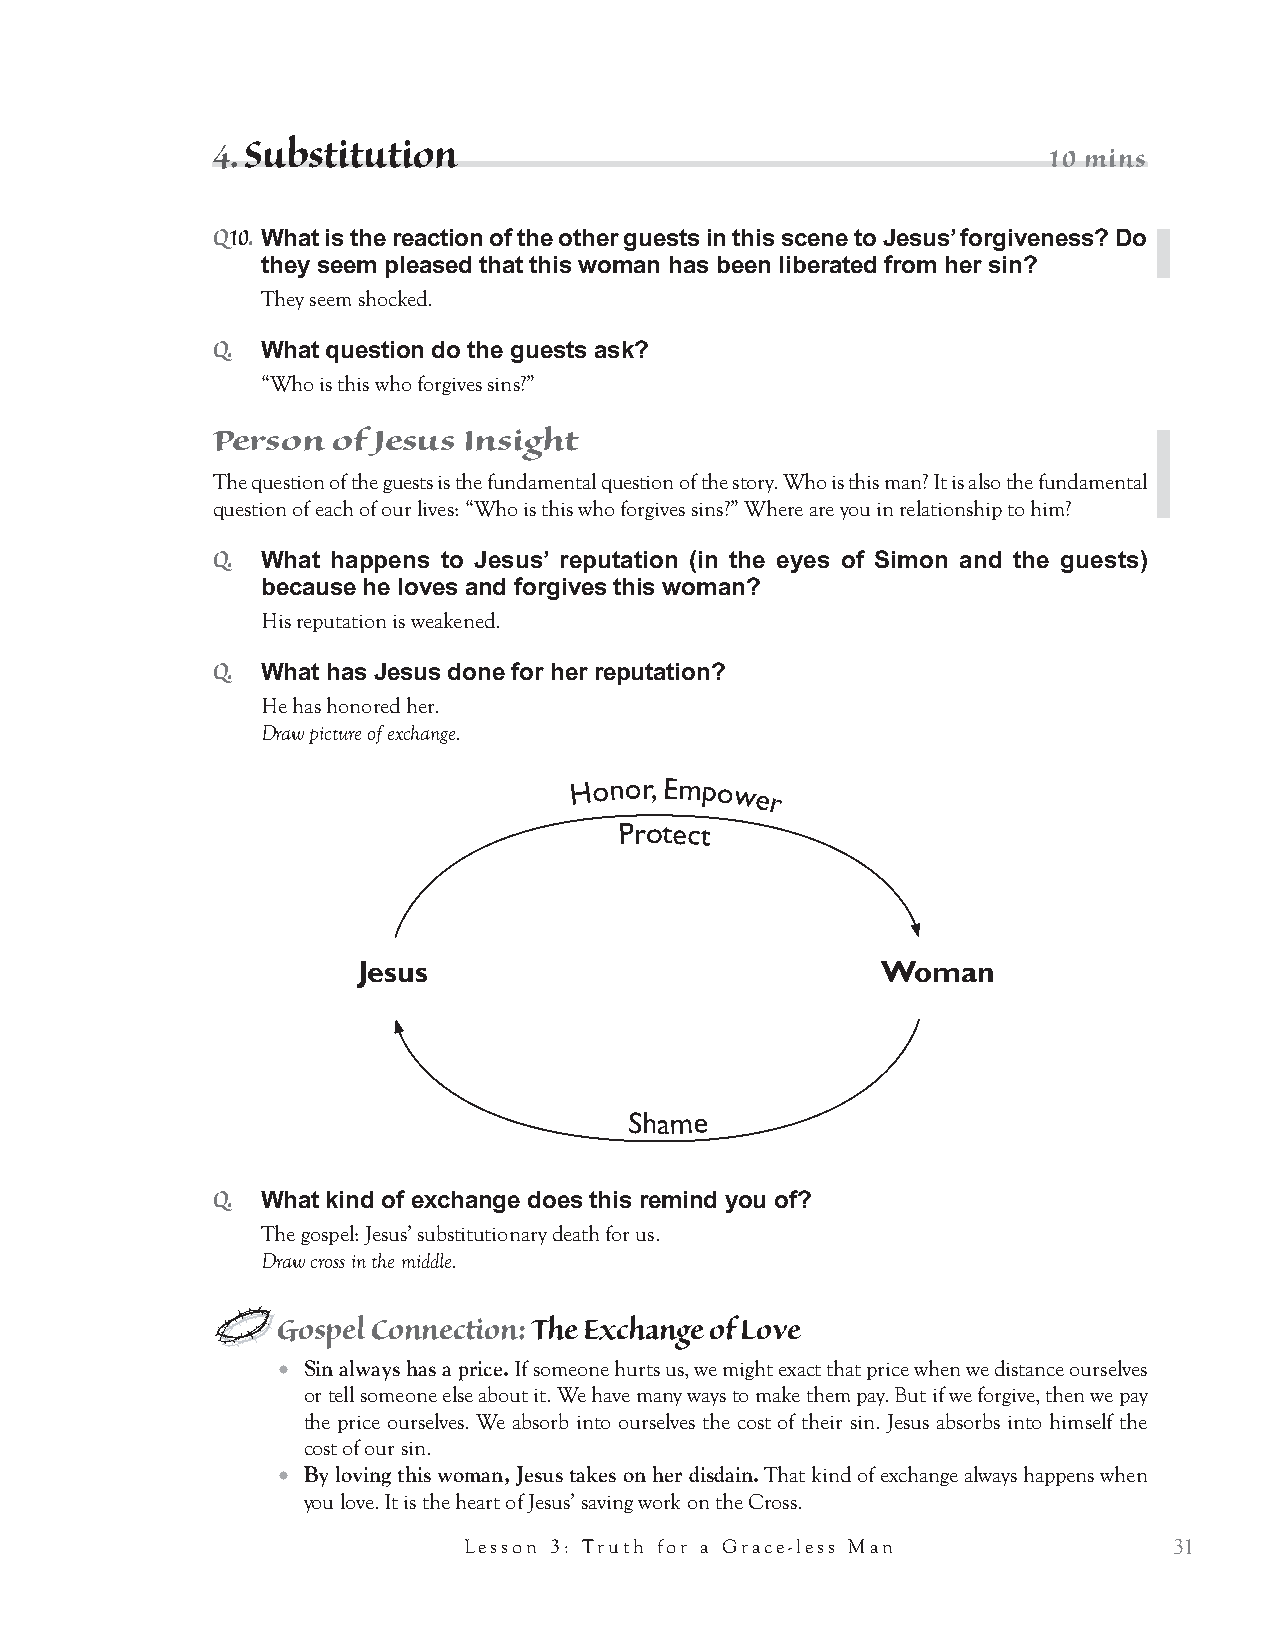
2. Understanding    Jesus’ Honesty                      10 mins
 Q4.
 Do you think Jesus is bothered by Simon’s rudeness?
 Yes.
 People will usually be silent or say no. After a moment, say, “This is a difficult question. Let me suggest that the
 answer is yes. Here’s why.”
 Q.
 Is it wrong to be bothered when someone treats you rudely?
 No.
 Q.
 Was God bothered in the Old Testament when Israel treated him badly?
 Yes.
 Q.
 Why else would Jesus publicly rebuke Simon and describe his behavior as
 offensive if he wasn’t bothered?
 Yes, Simon’s rudeness bothered Jesus.
 Historical Background: Suppressing Emotions
 ● We think that spiritual people like Jesus are not bothered partly because when we are bothered,
 we tend to overreact and let our anger boil over. But being bothered by sin is simply God’s justice
 in us recoiling from evil, God’s image in us reacting to sin. “Being bothered” can be a good thing.
 ● Another reason we don’t think Jesus was bothered is we think that a spiritual person floats above
 life. So a truly loving person does not feel pain when insulted. That is why Jesus is usually por-
 trayed in movies as disconnected. This false, plastic spirituality comes from Greek philosophy that
 imprinted the early church. The philosopher Plato taught that the physical world was less real and
 the spiritual world was more real. The result is that Jesus ends up looking weird or plastic. He’s
 not a real person who feels.
 Now let’s reflect on how law and grace work together.
 Q5.
 How would most of us react if we were treated rudely by the host of a party?
 Who would we talk to about it and when?
 We would likely say nothing aloud at the party or to the host. We would likely mention it later to close
 friends who we trusted. They would agree with us how disgusting the host’s behavior was.
 Q.
 Why would we handle it that way? Why would we not handle it the way Jesus
 does?
 We are too afraid of how people would treat us. The host might retaliate.
 Q.
 What is refreshing about the way Jesus handles Simon?
 It is so refreshing to see people who are upfront and fearless. You always know where you stand with
 them. Jesus is giving Simon truth. It is exactly what Simon needs to hear.
 Q6.
 What would happen if Jesus had related to Simon the way he (Jesus) related to
 the woman?
 Simon would not have been saved. Simon needed to hear the truth. He didn’t need to hear grace. The
 message of grace is incoherent if you haven’t first been broken by truth.
 28            Grace Through the Eyes of Jesus Interactive Bible Study